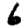
Digit: 6